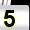
Digit: 5